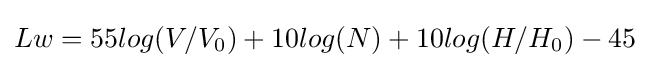
Lw=55log(V/V_{0})+10log(N)+10log(H/H_{0})-45